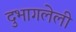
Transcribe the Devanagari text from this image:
दुभागलेली